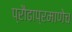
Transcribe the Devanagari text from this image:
प्रौढाप्रमाणेच